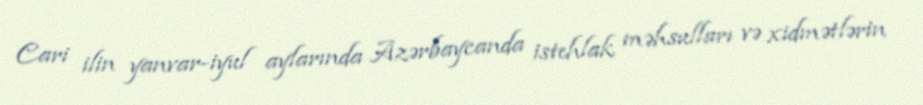
Cari ilin yanvar-iyul aylarında Azərbaycanda istehlak məhsulları və xidmətlərin